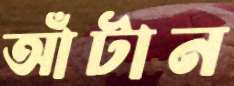
আঁটান